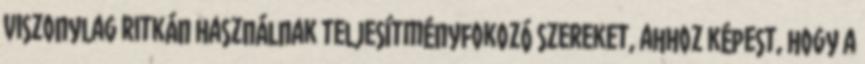
viszonylag ritkán használnak teljesítményfokozó szereket, ahhoz képest, hogy a